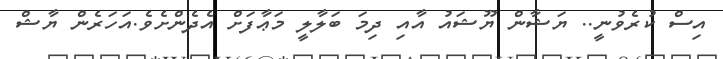
އިސް ކުރެވުނީ.. ޔަޝާން ޔޫޝައު އާއި ދިމަ ބަލާލީ މަޢާފަށް އެދެންށެވެ.އަހަރެން ޔާޝް